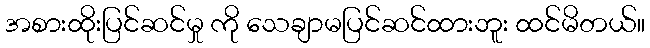
အစားထိုးပြင်ဆင်မှု ကို သေချာမပြင်ဆင်ထားဘူး ထင်မိတယ်။